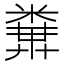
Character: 𥻔